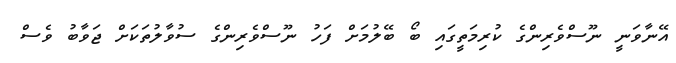
އޭނާވަނީ ނޫސްވެރިންގެ ކުރިމަތީގައި ބޯ ބޭލުމަށް ފަހު ނޫސްވެރިންގެ ސުވާލުތަކަށް ޖަވާބު ވެސް